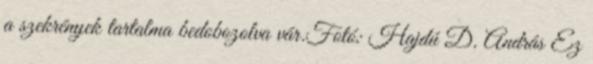
a szekrények tartalma bedobozolva vár.Fotó: Hajdú D. András Ez